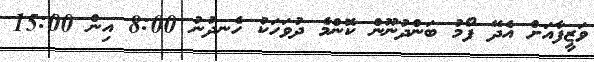
ވަޒީފާއަށް އެދޭ ފޯމު ބަންދުނޫން ކޮންމެ ދުވަހަކު ހެނދުނު 8:00 އިން 15:00